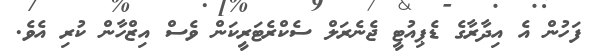
ފަހުން އެ އިދާރާގެ ޑެޕިއުޓީ ޖެނެރަލް ސެކްރެޓަރީކަން ވެސް އިޒްހާން ކުރި އެވެ.